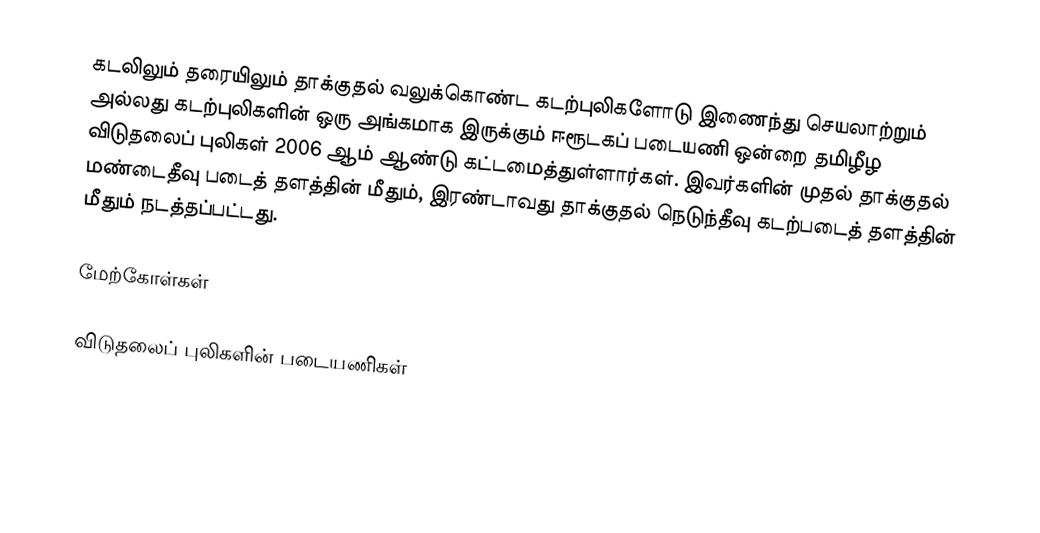
கடலிலும் தரையிலும் தாக்குதல் வலுக்கொண்ட கடற்புலிகளோடு இணைந்து செயலாற்றும் அல்லது கடற்புலிகளின் ஒரு அங்கமாக இருக்கும் ஈரூடகப் படையணி ஒன்றை தமிழீழ விடுதலைப் புலிகள் 2006  ஆம் ஆண்டு கட்டமைத்துள்ளார்கள்.  இவர்களின் முதல் தாக்குதல் மண்டைதீவு படைத் தளத்தின் மீதும், இரண்டாவது தாக்குதல் நெடுந்தீவு கடற்படைத் தளத்தின் மீதும் நடத்தப்பட்டது.

மேற்கோள்கள்

விடுதலைப் புலிகளின் படையணிகள்